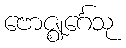
ဗောဇ္ဈင်္ဂေသု